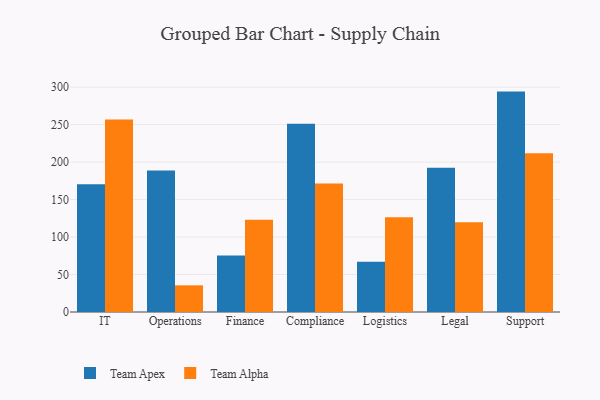
{"axis": {"x": "Department", "y": "Market Share (%)"}, "legend": ["Team Alpha", "Team Apex"], "data": [{"x": "IT", "y": 170.6, "type": "Team Apex"}, {"x": "IT", "y": 256.9, "type": "Team Alpha"}, {"x": "Operations", "y": 188.7, "type": "Team Apex"}, {"x": "Operations", "y": 35.6, "type": "Team Alpha"}, {"x": "Finance", "y": 75.5, "type": "Team Apex"}, {"x": "Finance", "y": 123.2, "type": "Team Alpha"}, {"x": "Compliance", "y": 251.3, "type": "Team Apex"}, {"x": "Compliance", "y": 171.5, "type": "Team Alpha"}, {"x": "Logistics", "y": 67.2, "type": "Team Apex"}, {"x": "Logistics", "y": 126.5, "type": "Team Alpha"}, {"x": "Legal", "y": 192.5, "type": "Team Apex"}, {"x": "Legal", "y": 119.6, "type": "Team Alpha"}, {"x": "Support", "y": 294.1, "type": "Team Apex"}, {"x": "Support", "y": 211.9, "type": "Team Alpha"}]}